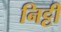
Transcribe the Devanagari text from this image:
निट्टी